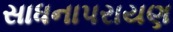
સાધનાપરાયણ